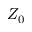
Z _ { 0 }